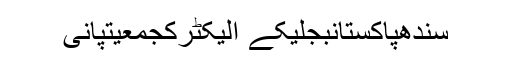
سندھپاکستانبجلیکے الیکٹرکجمعیتپانی